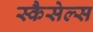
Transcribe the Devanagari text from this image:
स्कैसेल्स